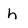
Character: h